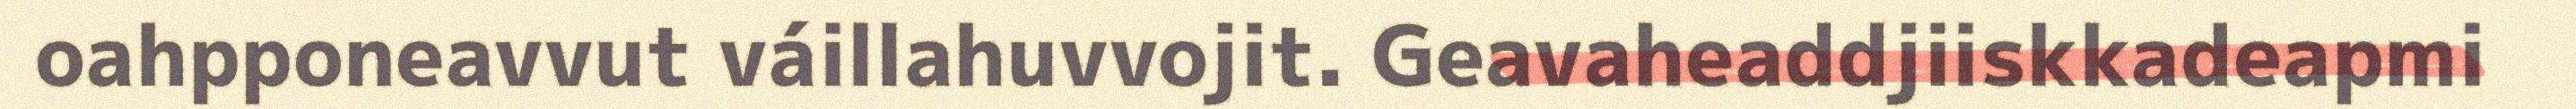
oahpponeavvut váillahuvvojit. Geavaheaddjiiskkadeapmi